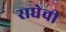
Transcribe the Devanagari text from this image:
राधेची